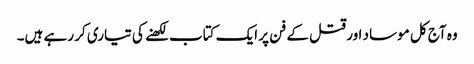
وہ آج کل موساد اور قتل کے فن پر ایک کتاب لکھنے کی تیاری کر رہے ہیں۔